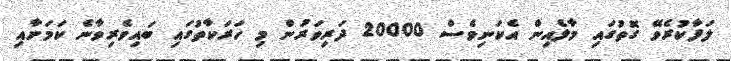
ލަފާކުރެވޭ ގޮތުގައި މާލެއިން އެކަނިވެސް 20000 ދަރިވަރުން މި ހަރަކާތުގައި ބައިވެރިވާނެ ކަމަށާއި